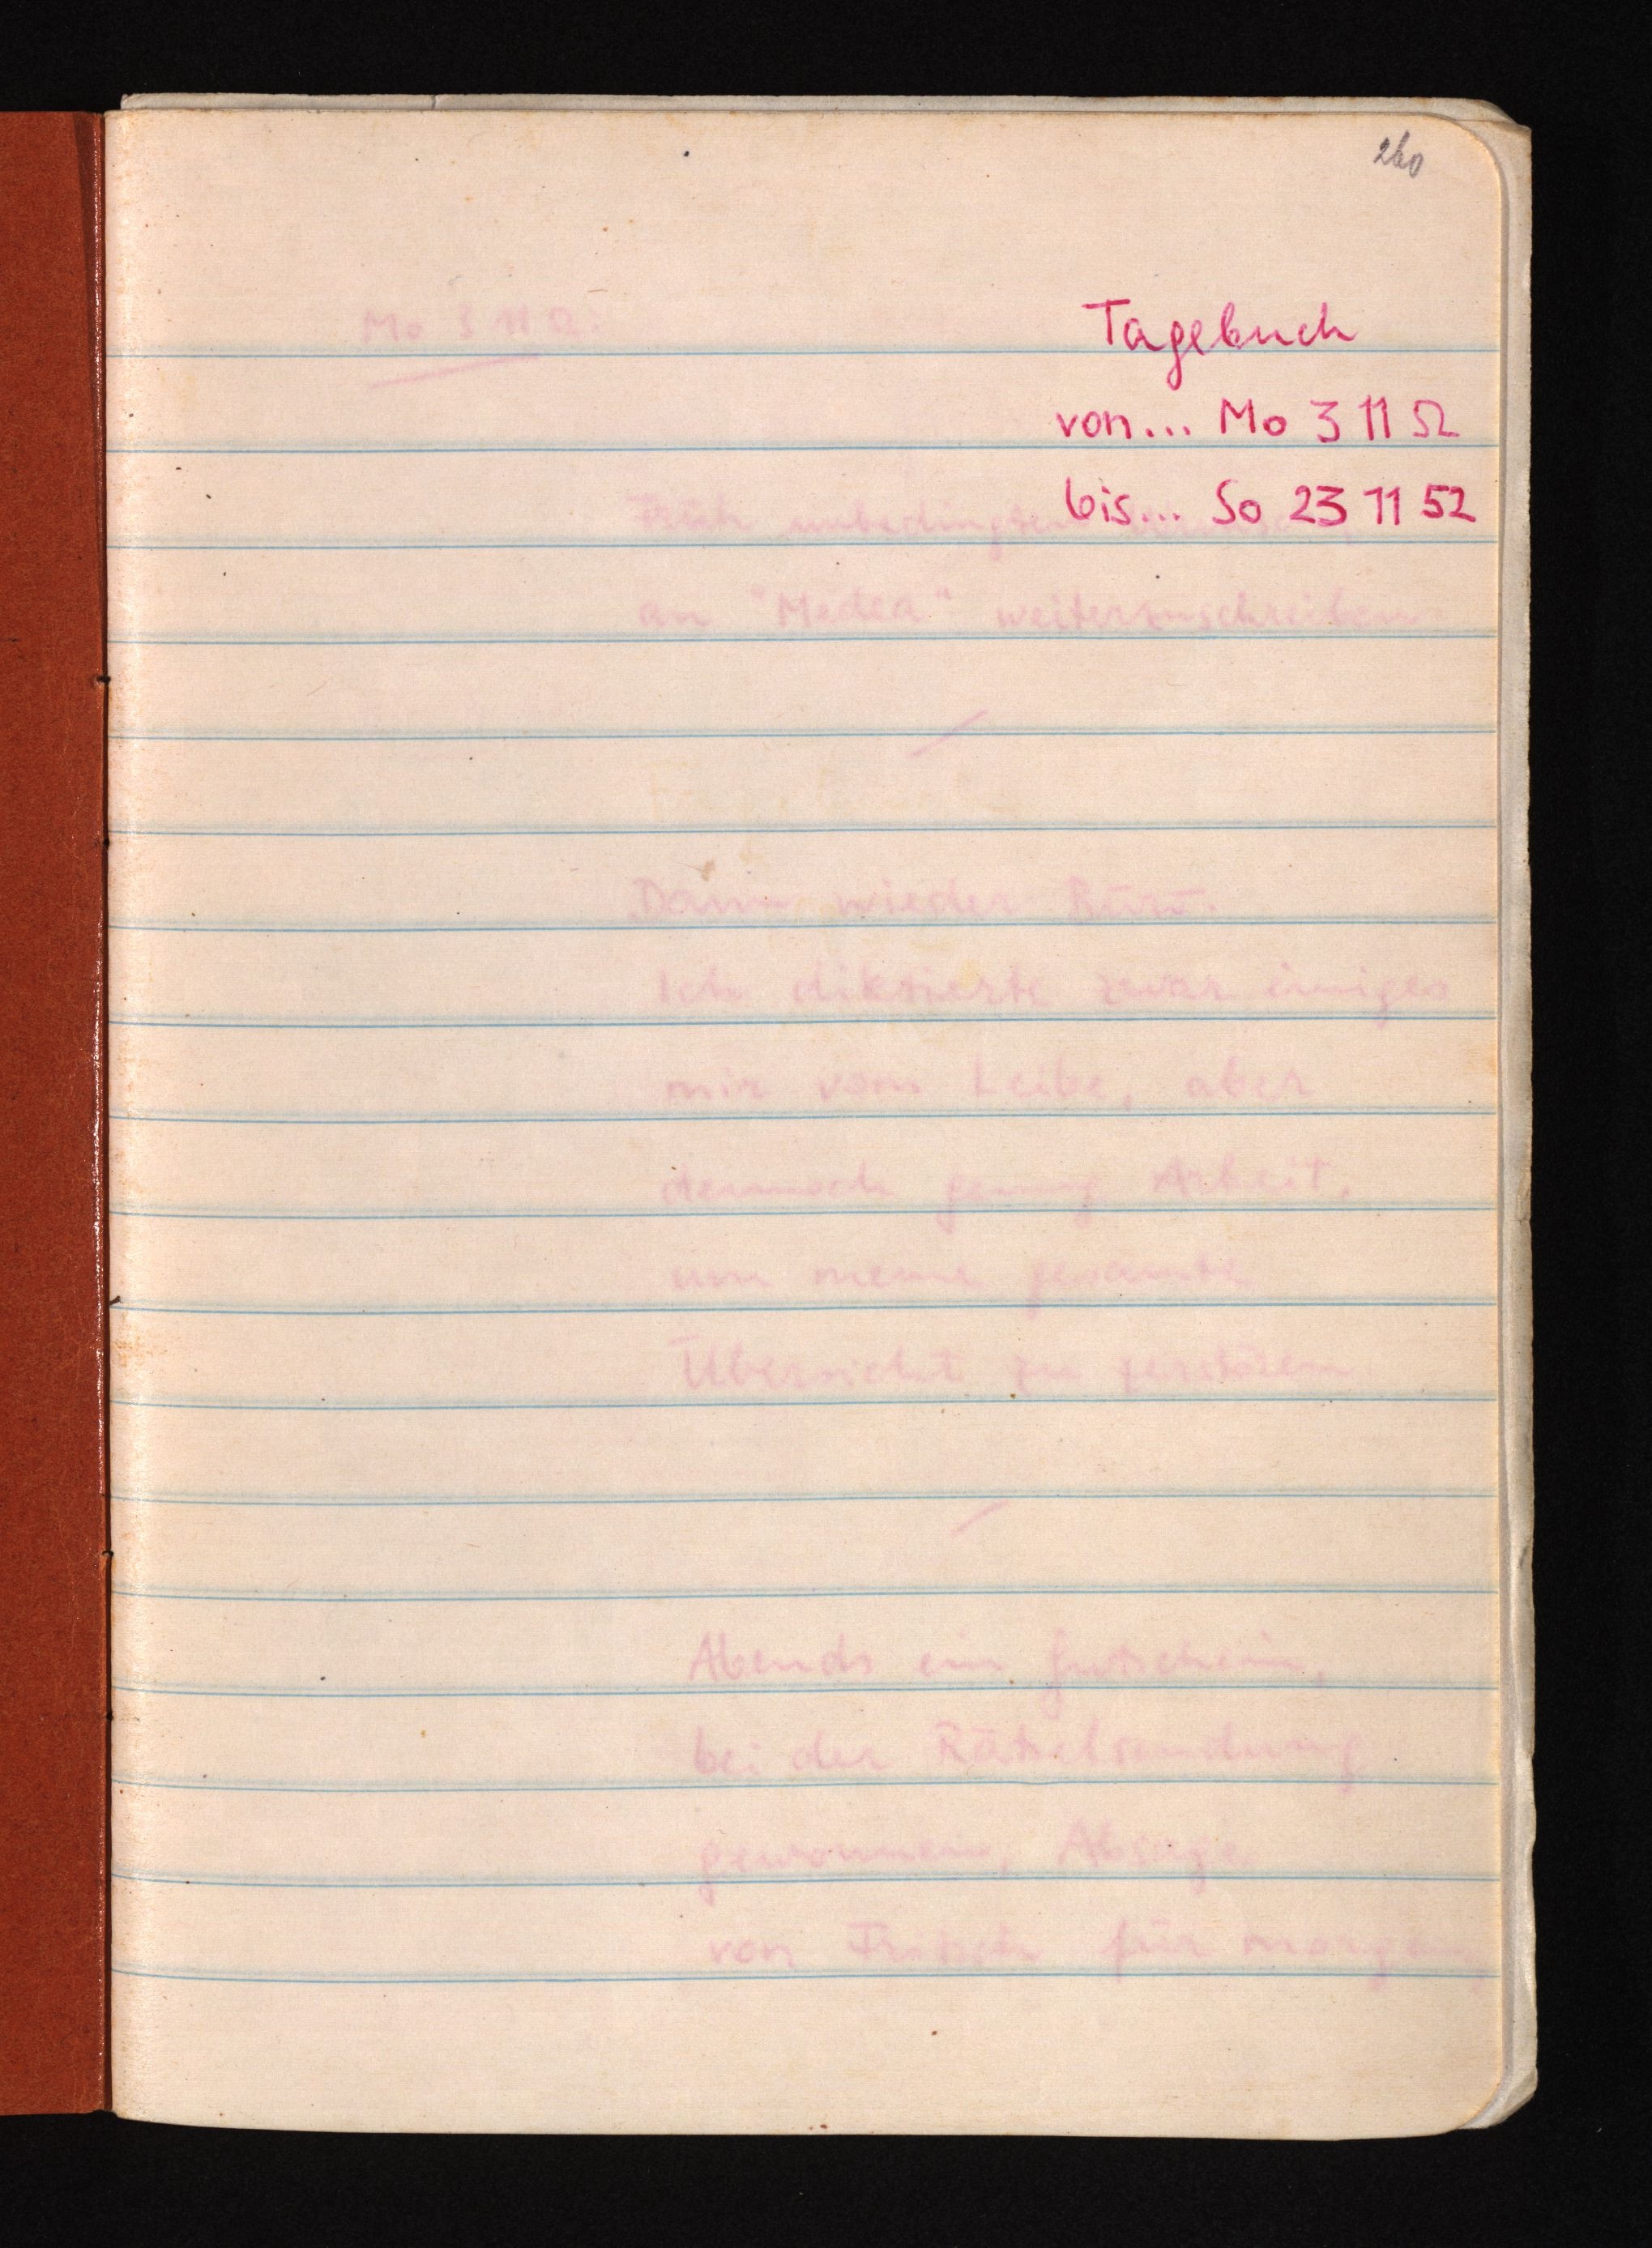
260
Tagebuch
von ... Mo 3 11 52
bis ... So 23 11 52